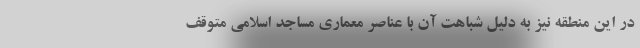
در این منطقه نیز به دلیل شباهت آن با عناصر معماری مساجد اسلامی متوقف